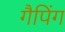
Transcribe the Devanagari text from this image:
गैपिंग